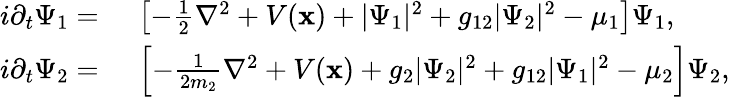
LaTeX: \begin{array}{rl}{i\partial_{t}\Psi_{1}=}&{{}\ \left[-\frac{1}{2}\nabla^{2}+V(\mathbf{x})+|\Psi_{1}|^{2}+g_{12}|\Psi_{2}|^{2}-\mu_{1}\right]\Psi_{1},}\\ {i\partial_{t}\Psi_{2}=}&{{}\ \left[-\frac{1}{2m_{2}}\nabla^{2}+V(\mathbf{x})+g_{2}|\Psi_{2}|^{2}+g_{12}|\Psi_{1}|^{2}-\mu_{2}\right]\Psi_{2},}\end{array}